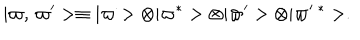
\vert \varpi , \, \varpi ^ { \prime } > \equiv \vert \varpi > \otimes \vert \varpi ^ { * } > \otimes \vert \varpi ^ { \prime } > \otimes \vert \varpi ^ { \prime } \, ^ { * } > .